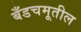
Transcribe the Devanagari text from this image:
बँडचमूतील